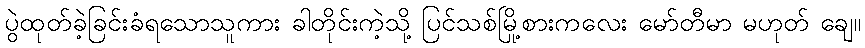
ပွဲထုတ်ခဲ့ခြင်းခံရသောသူကား ခါတိုင်းကဲ့သို့ ပြင်သစ်မြို့စားကလေး မော်တီမာ မဟုတ် ချေ။